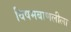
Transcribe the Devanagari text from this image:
विषमबाणलीला